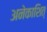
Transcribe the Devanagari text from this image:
अनेकाशित्‌